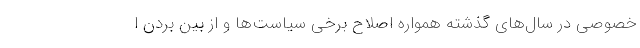
خصوصی در سال‌های گذشته همواره اصلاح برخی سیاست‌ها و از بین بردن ا